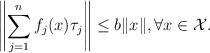
LaTeX: \begin{align*}\left\|\sum_{j=1}^{n}f_j(x)\tau_j\right\|\leq b\|x\|, \forall x \in \mathcal{X}.\end{align*}